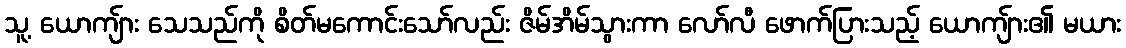
သူ့ ယောကျ်ား သေသည်ကို စိတ်မကောင်းသော်လည်း ဇိမ်အိမ်သွားကာ လော်လီ ဖောက်ပြားသည့် ယောကျ်ား၏ မယား